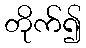
တိုက်၍